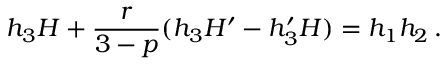
h _ { 3 } H + \frac { r } { 3 - p } ( h _ { 3 } H ^ { \prime } - h _ { 3 } ^ { \prime } H ) = h _ { 1 } h _ { 2 } \, .